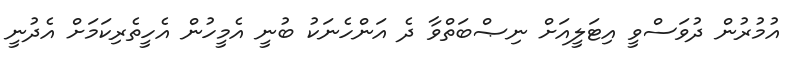
އުމުރުން ދުވަސްވީ އިޓަލީއަށް ނިޞްބަތްވާ ދެ އަންހެނަކު ބުނީ އެމީހުން އެހީތެރިކަމަށް އެދުނީ